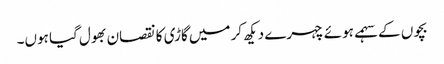
بچوں کے سہمے ہوئے چہرے دیکھ کر میں گاڑی کا نقصان بھول گیا ہوں۔